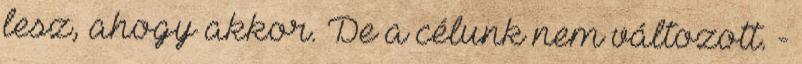
lesz, ahogy akkor. De a célunk nem változott. -